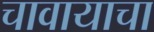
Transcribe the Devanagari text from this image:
चावायाचा